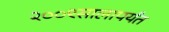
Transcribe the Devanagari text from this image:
२००९सालापर्यंत